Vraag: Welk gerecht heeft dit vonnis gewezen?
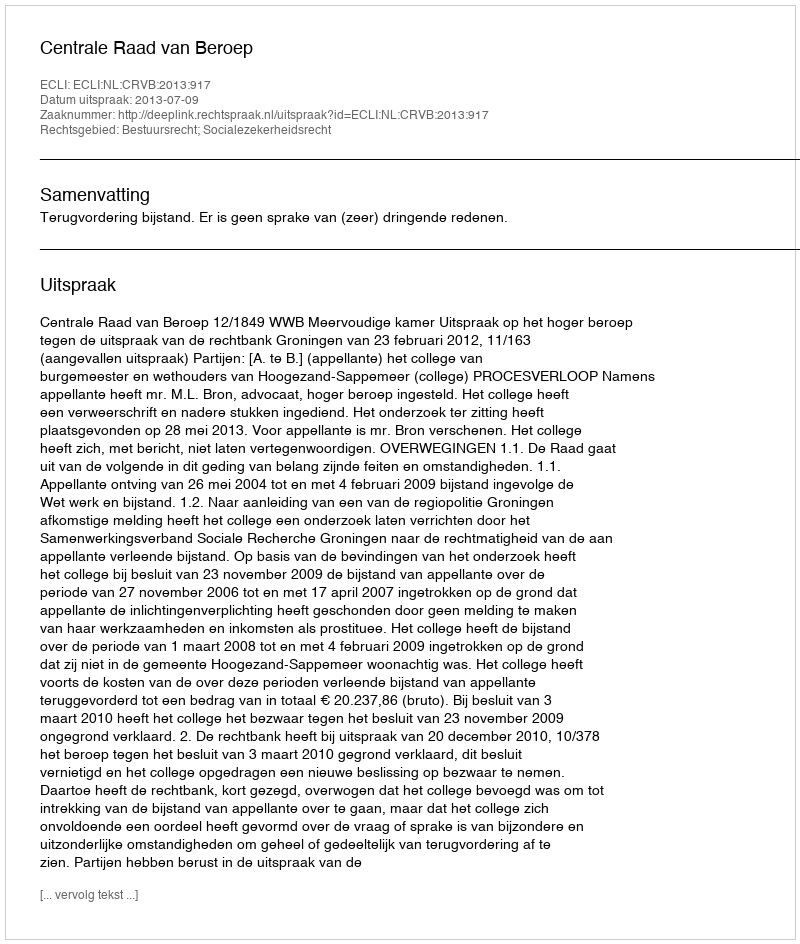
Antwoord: Centrale Raad van Beroep